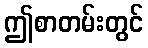
ဤစာတမ်းတွင်